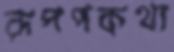
রূপপকথা